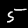
Label: 5